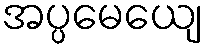
အပ္ပမေယျေ